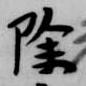
除